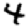
Digit: 4